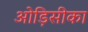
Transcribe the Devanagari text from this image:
ओड़िसीका